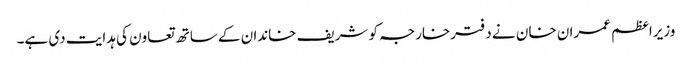
وزیراعظم عمران خان نے دفترخارجہ کو شریف خاندان کے ساتھ تعاون کی ہدایت دی ہے۔